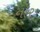
નૉર